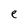
Character: e